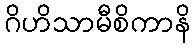
ဂိဟိသာမီစိကာနိ